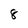
Character: 8